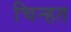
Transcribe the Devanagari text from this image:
चिन्हत